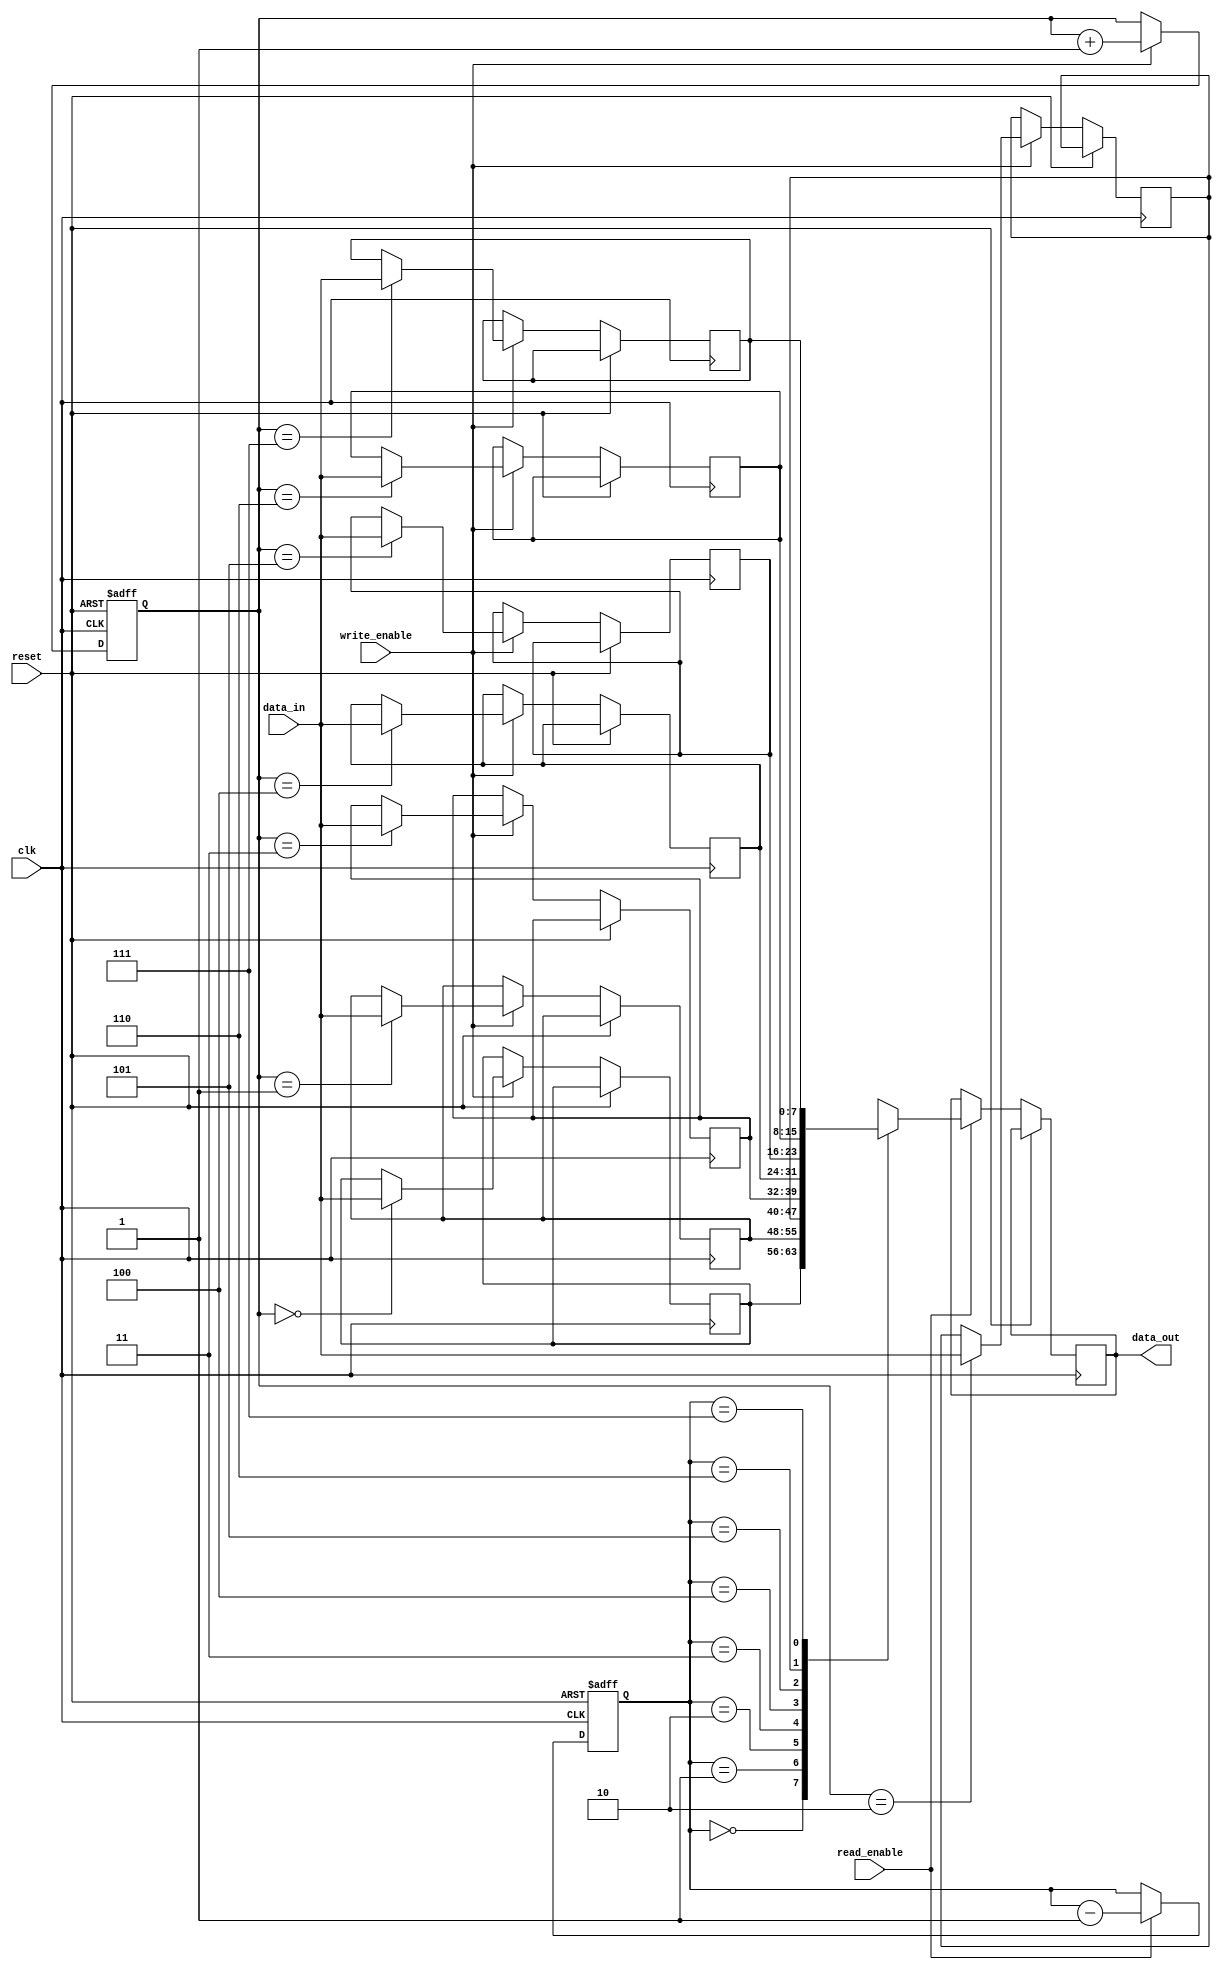
module lifo (
    input wire clk,
    input wire reset,
    input wire write_enable,
    input wire read_enable,
    input wire [7:0] data_in,
    output reg [7:0] data_out
);

reg [7:0] memory [0:7];
reg [2:0] write_pointer;
reg [2:0] read_pointer;

always @(posedge clk or posedge reset) begin
    if (reset) begin
        write_pointer <= 0;
        read_pointer <= 0;
    end else begin
        if (write_enable) begin
            memory[write_pointer] <= data_in;
            write_pointer <= write_pointer + 1;
        end
        if (read_enable) begin
            data_out <= memory[read_pointer];
            read_pointer <= read_pointer - 1;
        end
    end
end

endmodule